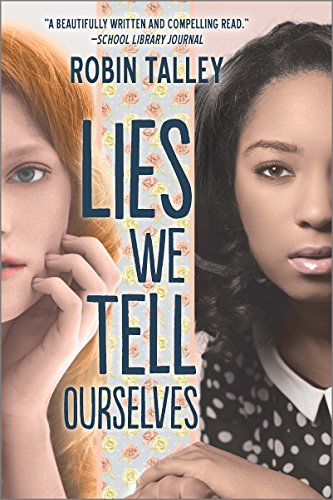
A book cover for Lies We Tell Ourselves (Harlequin Teen); Robin Talley; Teen & Young Adult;